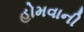
હોમવાની